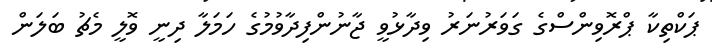
ޕަކްތިކާ ޕްރޮވިންސްގެ ގަވަރުނަރު ވިދާޅުވީ ޖާނުންފިދާވުމުގެ ހަމަލާ ދިނީ ވޮލީ މެޗު ބަލަން